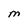
Character: M